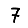
Digit: 7